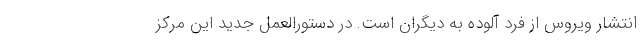
انتشار ویروس از فرد آلوده به دیگران است. در دستورالعمل جدید این مرکز